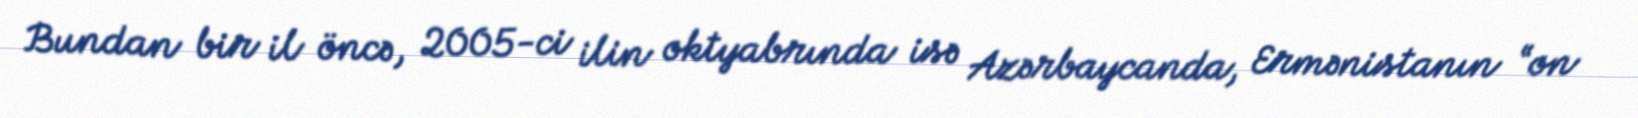
Bundan bir il öncə, 2005-ci ilin oktyabrında isə Azərbaycanda, Ermənistanın “on